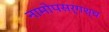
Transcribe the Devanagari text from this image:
नामोपसर्गश्च